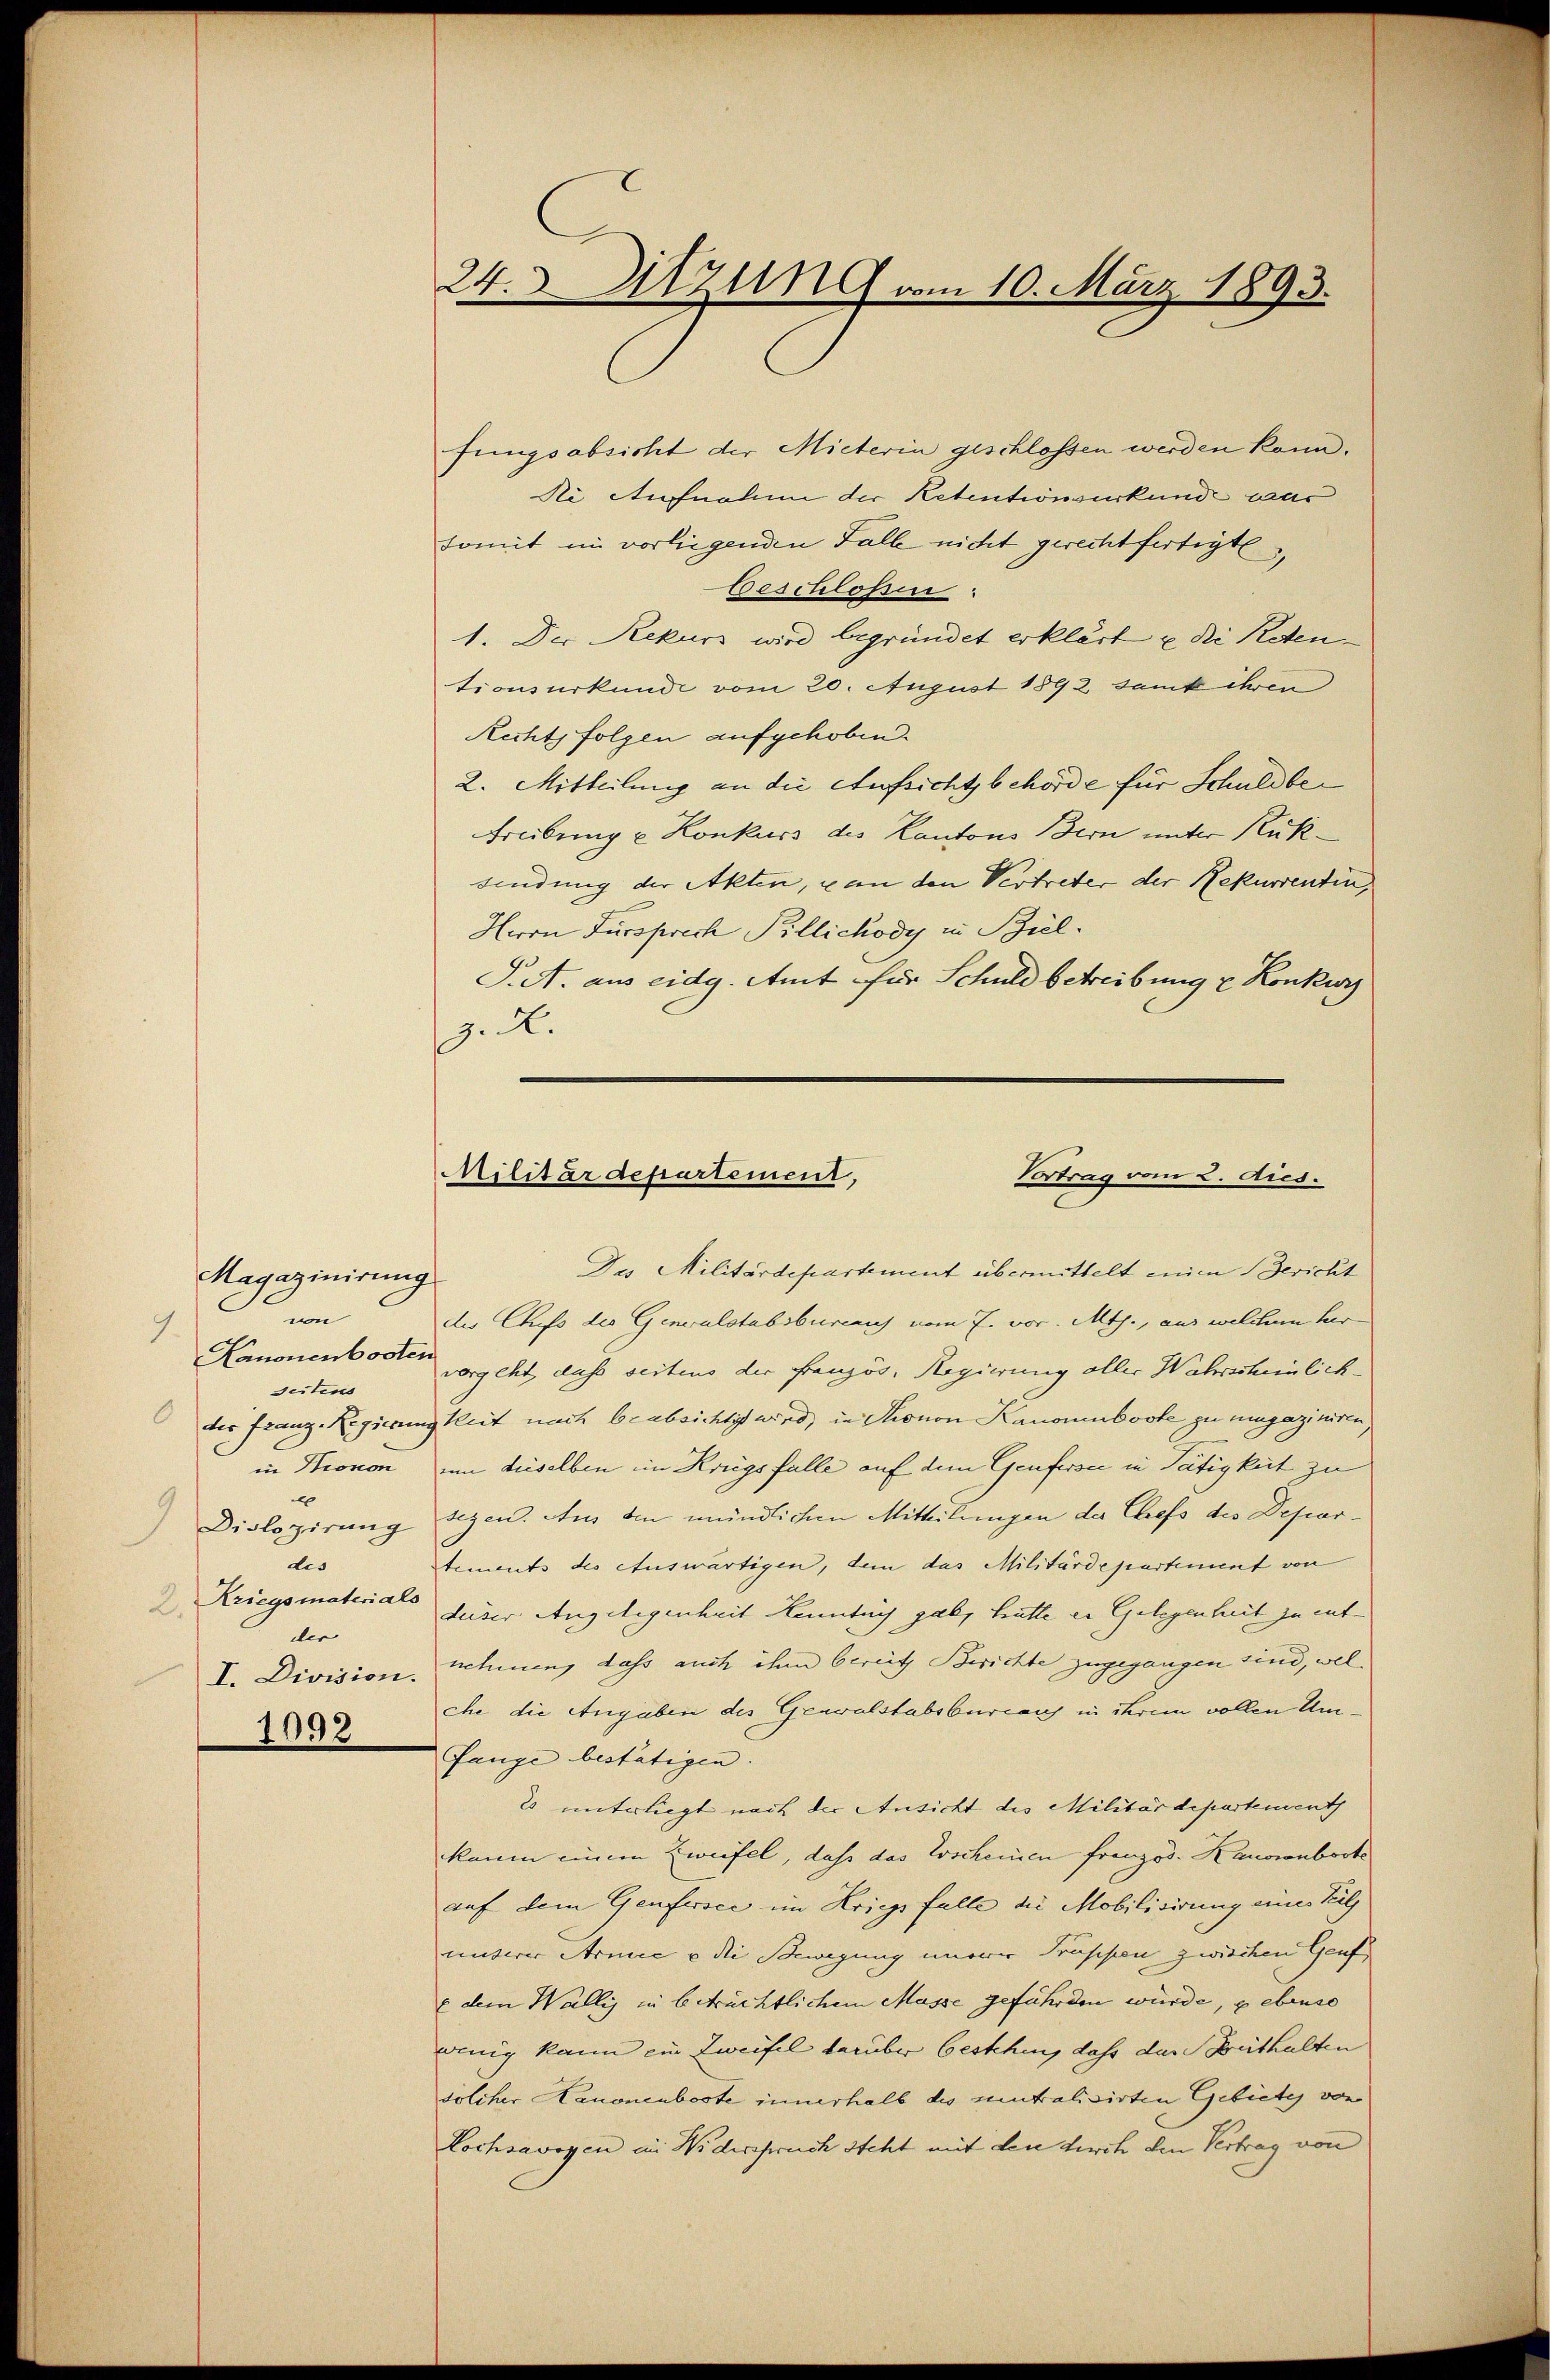
Magazinirung
S
vn
9.
.
Kanonenbooten
seitens
in Kronon
e
9
Dislozirung
dis
Kriegsmaterials
2.
der
I. Division.
1092.

24. Sitzung vom 10. März 1893.

fungsabsicht der Mieterin geschlossen werden kann.
Ni Aufnahme der Retentionsurkunde war
somit im vorliegenden Falle nicht gerechtfertigt
beschloßen:
1. Der Rekurs wird begründet erklärt u. di Retentionsurkunde vom 20. August 1892 sank ihren
Rechts folgen aufgehoben
2. Mitteilung an die Aufsichtsbehörde für Schuldber
Freibung u Konkurs des Kantons Bern unter Rükfindung der Akten, u an den Vertreter der Rekurrentin,
Herrn Fürsprech Pillichody in Biel¬
S.A. aus eidg. Amt für Schuld betreibung z. Konkur
z. R.

Militärdepartement,
Vortrag vom 2. dies.

Das Militärdepartement übermittelt einen Bericht
der Chefs des Generalstabsbureaus vom 7. vor. Mts., aus welchem Her
vorgeht, daß seitens der Französ. Regierung aller Wahrscheinlich
der Franz-Regierung keit nach beabsichtigt wird, in Thronon Kanonuboote zu magaziniren,
um dieselben im Kriegsfalle auf dem Genfersee in Tätigkeit zu
sezen. Aus den mündlichen Mitteilungen der Chefs des Departements des auswärtigen, dem das Militärdepartement von
deser Angelegenheit Kenntnis gab, hätte er Gelegenheit zu entnehmen, dass auch ihm bereits Berichte zugegangen sind, welche die Angaben des Genualstabsbureaus in ihrem vollen Umfange bestätigen. |
20 unterliegt nach der Ansicht des Militärdepartement
kaum einem Zweifel, dass das Erscheinen französ. Kanoronboote
auf dem Genfersee im Kriegs falle die Mobilisirung eines Kil
unterer Armee u die Bewegung innerer Trüssen zwischen Genf,
 dem Wallis in beträchtlichem Masse gefährden würde, gebenso
wenig kann ein Zweifel darüber bestehen, daß das Breithalten
sölcher Hanonenboote innerhalb des eintralisirten Gebiete von
Lochsavoyen in Widerspruch steht mit den durch den Vertrag von